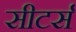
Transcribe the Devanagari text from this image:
सीटर्स